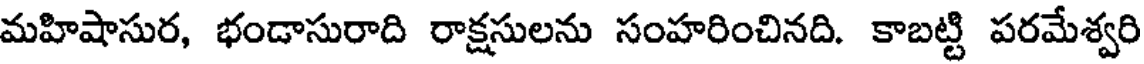
మహిషాసుర, భండాసురాది రాక్షసులను సంహరించినది. కాబట్టి పరమేశ్వరి